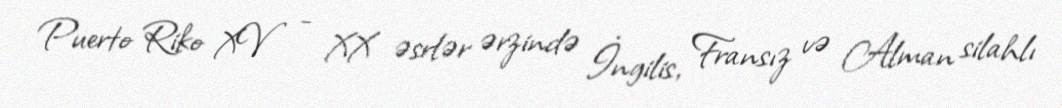
Puerto Riko XV - XX əsrlər ərzində İngilis, Fransız və Alman silahlı